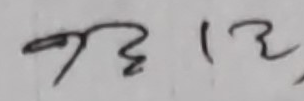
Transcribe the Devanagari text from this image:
९३१३